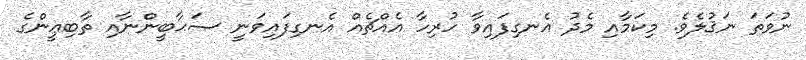
ނުވަތަ ނަޤުލެވެ. މިކަމާއި މެދު އެނގިފައިވާ ހުރިހާ އެއްޗެއް އެނގިފައިވަނީ ޞަޙާބީންނާއި ތާބިޢީންގެ